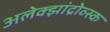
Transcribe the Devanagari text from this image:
अलेक्झांद्रोव्स्क